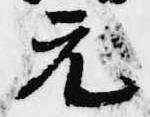
元